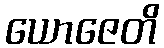
ယောဇေတိ